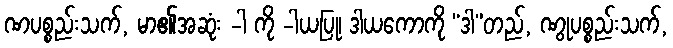
ဏပစ္စည်းသက်, မာ၏အဆုံး -ါ ကို -ါယပြု၊ ဒါယကောကို “ဒါ”တည်, ဏွုပစ္စည်းသက်,